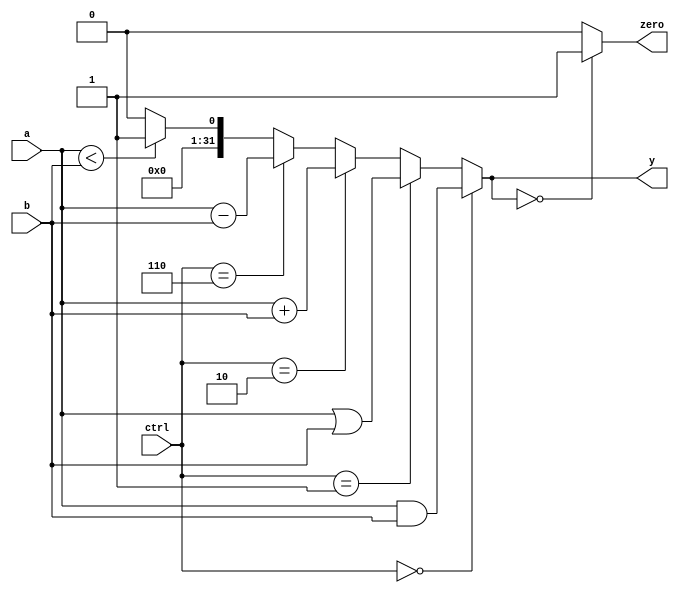
module alu (a, b, ctrl, y, zero);
  input signed [31:0] a, b;
  input [2:0] ctrl;
  output [31:0] y;
  output zero;
  
  assign y =  (ctrl == 3'b000) ? (a & b) :
              (ctrl == 3'b001) ? (a | b) : 
              (ctrl == 3'b010) ? (a + b) :
              (ctrl == 3'b110) ? (a - b) : ((a<b) ? 32'd1: 32'd0);
  
  assign zero = (y == 32'd0) ? 1'b1 : 1'b0;
  
endmodule